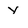
Character: y